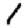
Digit: 1